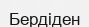
Бердіден